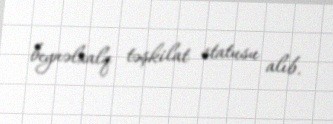
beynəlxalq təşkilat statusu alıb.